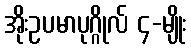
အိုးဥပမာပုဂ္ဂိုလ် ၄-မျိုး